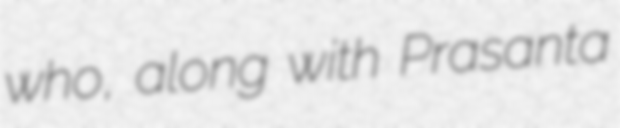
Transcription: who, along with Prasanta